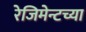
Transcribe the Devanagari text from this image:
रेजिमेन्टच्या